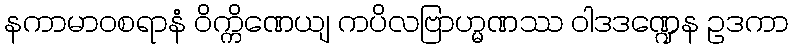
နကာမာဝစရာနံ ဝိက္ကိဏေယျ ကပိလဗြာဟ္မဏဿ ဝါဒဒဏ္ဍေန ဥဒကာ